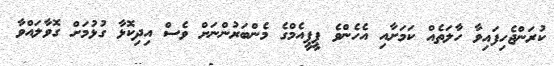
ކުރަންޖެހިފައިވާ ހާލަތެއް ކަމަށާއި އެހެންވެ ޕީޕީއެމްގެ މެންބަރުންނަށް ވެސް އިދިކޮޅާ ގުޅުމަށް ގޮވާލައްވާ